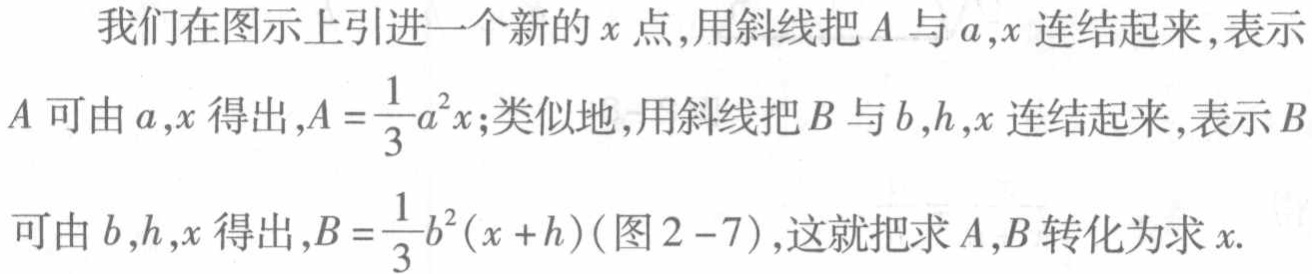
我们在图示上引进一个新的\(x\)点,用斜线把\(A\)与\(a,x\)连结起来,表示\(A\)可由\(a,x\)得出,\(A = \frac{1}{3}a^{2}x\);类似地,用斜线把\(B\)与\(b,h,x\)连结起来,表示\(B\)可由\(b,h,x\)得出,\(B = \frac{1}{3}b^{2}(x + h)\)(图2 - 7),这就把求\(A,B\)转化为求\(x\).